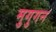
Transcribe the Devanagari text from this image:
मुगुगन